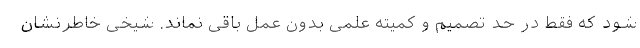
شود که فقط در حد تصمیم و کمیته علمی بدون عمل باقی نماند. شیخی خاطرنشان